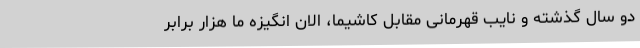
دو سال گذشته و نایب قهرمانی مقابل کاشیما، الان انگیزه ما هزار برابر